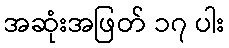
အဆုံးအဖြတ် ၁၇ ပါး